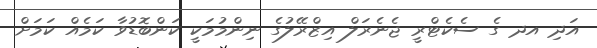
އަދި އދ ގެ ސެކެޓްރީ ޖެނެރަލް އިޒްރޭލުގެ ނިންމުމަކީ ކަންބޮޑުވާ ކަމެއް ކަމަށް